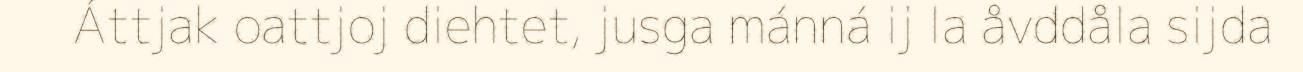
Áttjak oattjoj diehtet, jusga mánná ij la åvddåla sijda